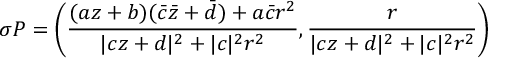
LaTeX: \sigma P = \left( \frac { ( a z + b ) ( \bar { c } \bar { z } + \bar { d } ) + a \bar { c } r ^ { 2 } } { | c z + d | ^ { 2 } + | c | ^ { 2 } r ^ { 2 } } , \frac { r } { | c z + d | ^ { 2 } + | c | ^ { 2 } r ^ { 2 } } \right)